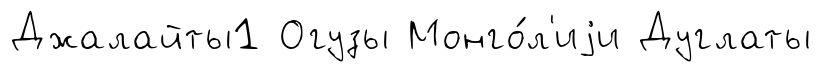
Джалайты1 Огузы Монго́л'иjи Дуглаты